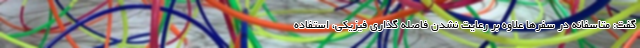
گفت: متاسفانه در سفرها علاوه بر رعایت نشدن فاصله گذاری فیزیکی، استفاده